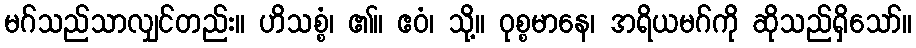
မဂ်သည်သာလျှင်တည်း။ ဟိသစ္စံ၊ ၏။ ဧဝံ၊ သို့။ ဝုစ္စမာနေ၊ အရိယမဂ်ကို ဆိုသည်ရှိသော်။